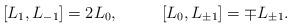
LaTeX: \begin{align*}[L_1,L_{-1}]=2L_0,\ \ \ \ \ \ \ \ [L_0,L_{\pm 1}]=\mp L_{\pm 1}.\end{align*}